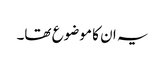
یہ ان کا موضوع تھا۔